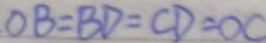
O B = B D = C D = O C